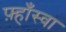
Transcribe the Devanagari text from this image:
फ़्हाँस्वा